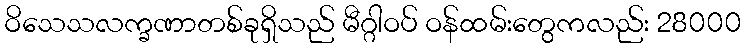
ဝိသေသလက္ခဏာတစ်ခုရှိသည် မီဂ္ဂါဝပ် ဝန်ထမ်းတွေကလည်း 28000